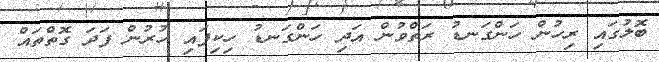
ބޮލުގައި ރިހުން ހަންގަނޑު ރަތްވުން އަދި ހަންގަނޑު ހިކިފައި ހުރުން ފަަދަ ގޮތްތައް